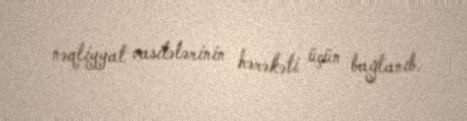
nəqliyyat vasitələrinin hərəkəti üçün bağlanıb.